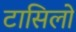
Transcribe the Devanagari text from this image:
टासिलो